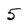
Character: 5